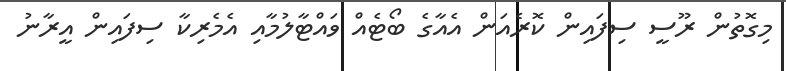
މިގޮތުން ރޫސީ ސިފައިން ކޮރެއަން އެއާގެ ބޯޓެއް ވައްޓާލުމާއި އެމެރިކާ ސިފައިން އީރާނު